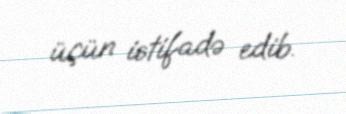
üçün istifadə edib.